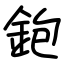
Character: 鉋